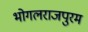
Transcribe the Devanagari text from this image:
भोगलराजपुरम